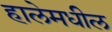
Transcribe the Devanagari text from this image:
हालेमधील